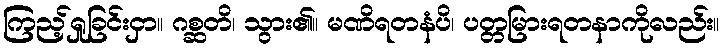
ကြည့်ရှုခြင်းငှာ။ ဂစ္ဆတိ၊ သွား၏။ မဏိရတနံပိ၊ ပတ္တမြားရတနာကိုလည်း။